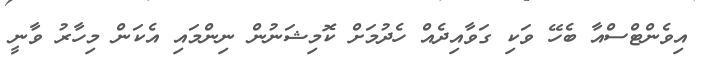
އިވެންޓްސްއާ ބެހޭ ވަކި ގަވާއިދެއް ހެދުމަށް ކޮމިޝަނުން ނިންމައި އެކަން މިހާރު ވާނީ